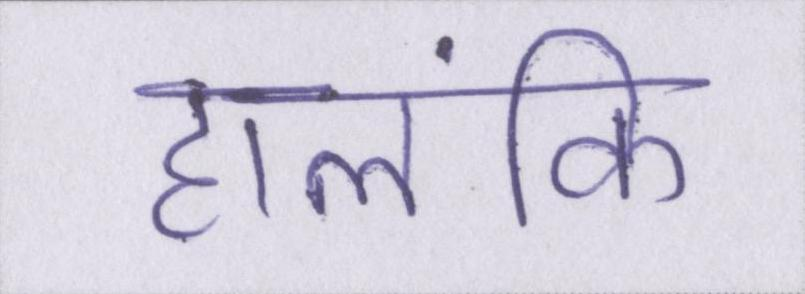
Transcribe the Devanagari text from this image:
हालंकि